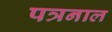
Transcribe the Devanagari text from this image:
पत्रनाल